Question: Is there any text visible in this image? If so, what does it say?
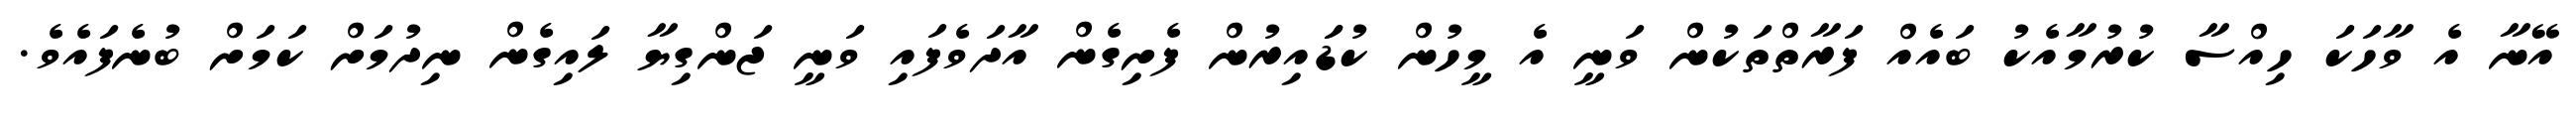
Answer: އޭނާ އެ ވާހަކަ ހިއްސާ ކުރުމާއެކު ބައެއް ފަރާތްތަކުން ވަނީ އެ މީހުން ކުޑަައިރުން ފެށިގެން އާދަވެފައި ވަނީ ޖަންގިޔާ ލައިގެން ނިދުމަށް ކަމަށް ބުނެފައެވެ.